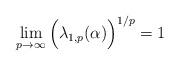
LaTeX: \begin{align*}\lim_{p \to \infty} \Big( \lambda_{1,p}(\alpha) \Big)^{1/p} = 1\end{align*}